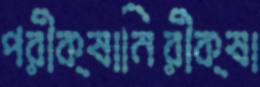
পরীক্ষানিরীক্ষা